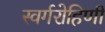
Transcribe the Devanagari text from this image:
स्वर्गरोहिणी